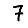
Digit: 7